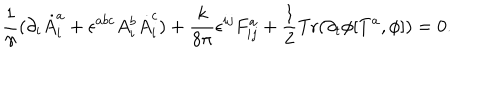
LaTeX: \frac { 1 } { \gamma } ( \partial _ { i } \dot { A } _ { i } ^ { a } + \epsilon ^ { a b c } A _ { i } ^ { b } \dot { A } _ { i } ^ { c } ) + \frac { k } { 8 \pi } \epsilon ^ { i j } F _ { i j } ^ { a } + \frac { 1 } { 2 } \mathrm { T r } ( \partial _ { t } \phi [ T ^ { a } , \phi ] ) = 0 .